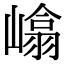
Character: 嶖